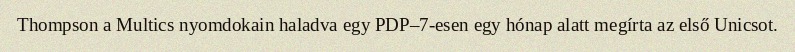
Thompson a Multics nyomdokain haladva egy PDP–7-esen egy hónap alatt megírta az első Unicsot.